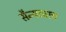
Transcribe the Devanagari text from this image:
सैन्याचाच